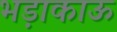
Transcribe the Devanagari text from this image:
भड़ाकाऊ